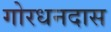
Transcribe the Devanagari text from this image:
गोरधनदास